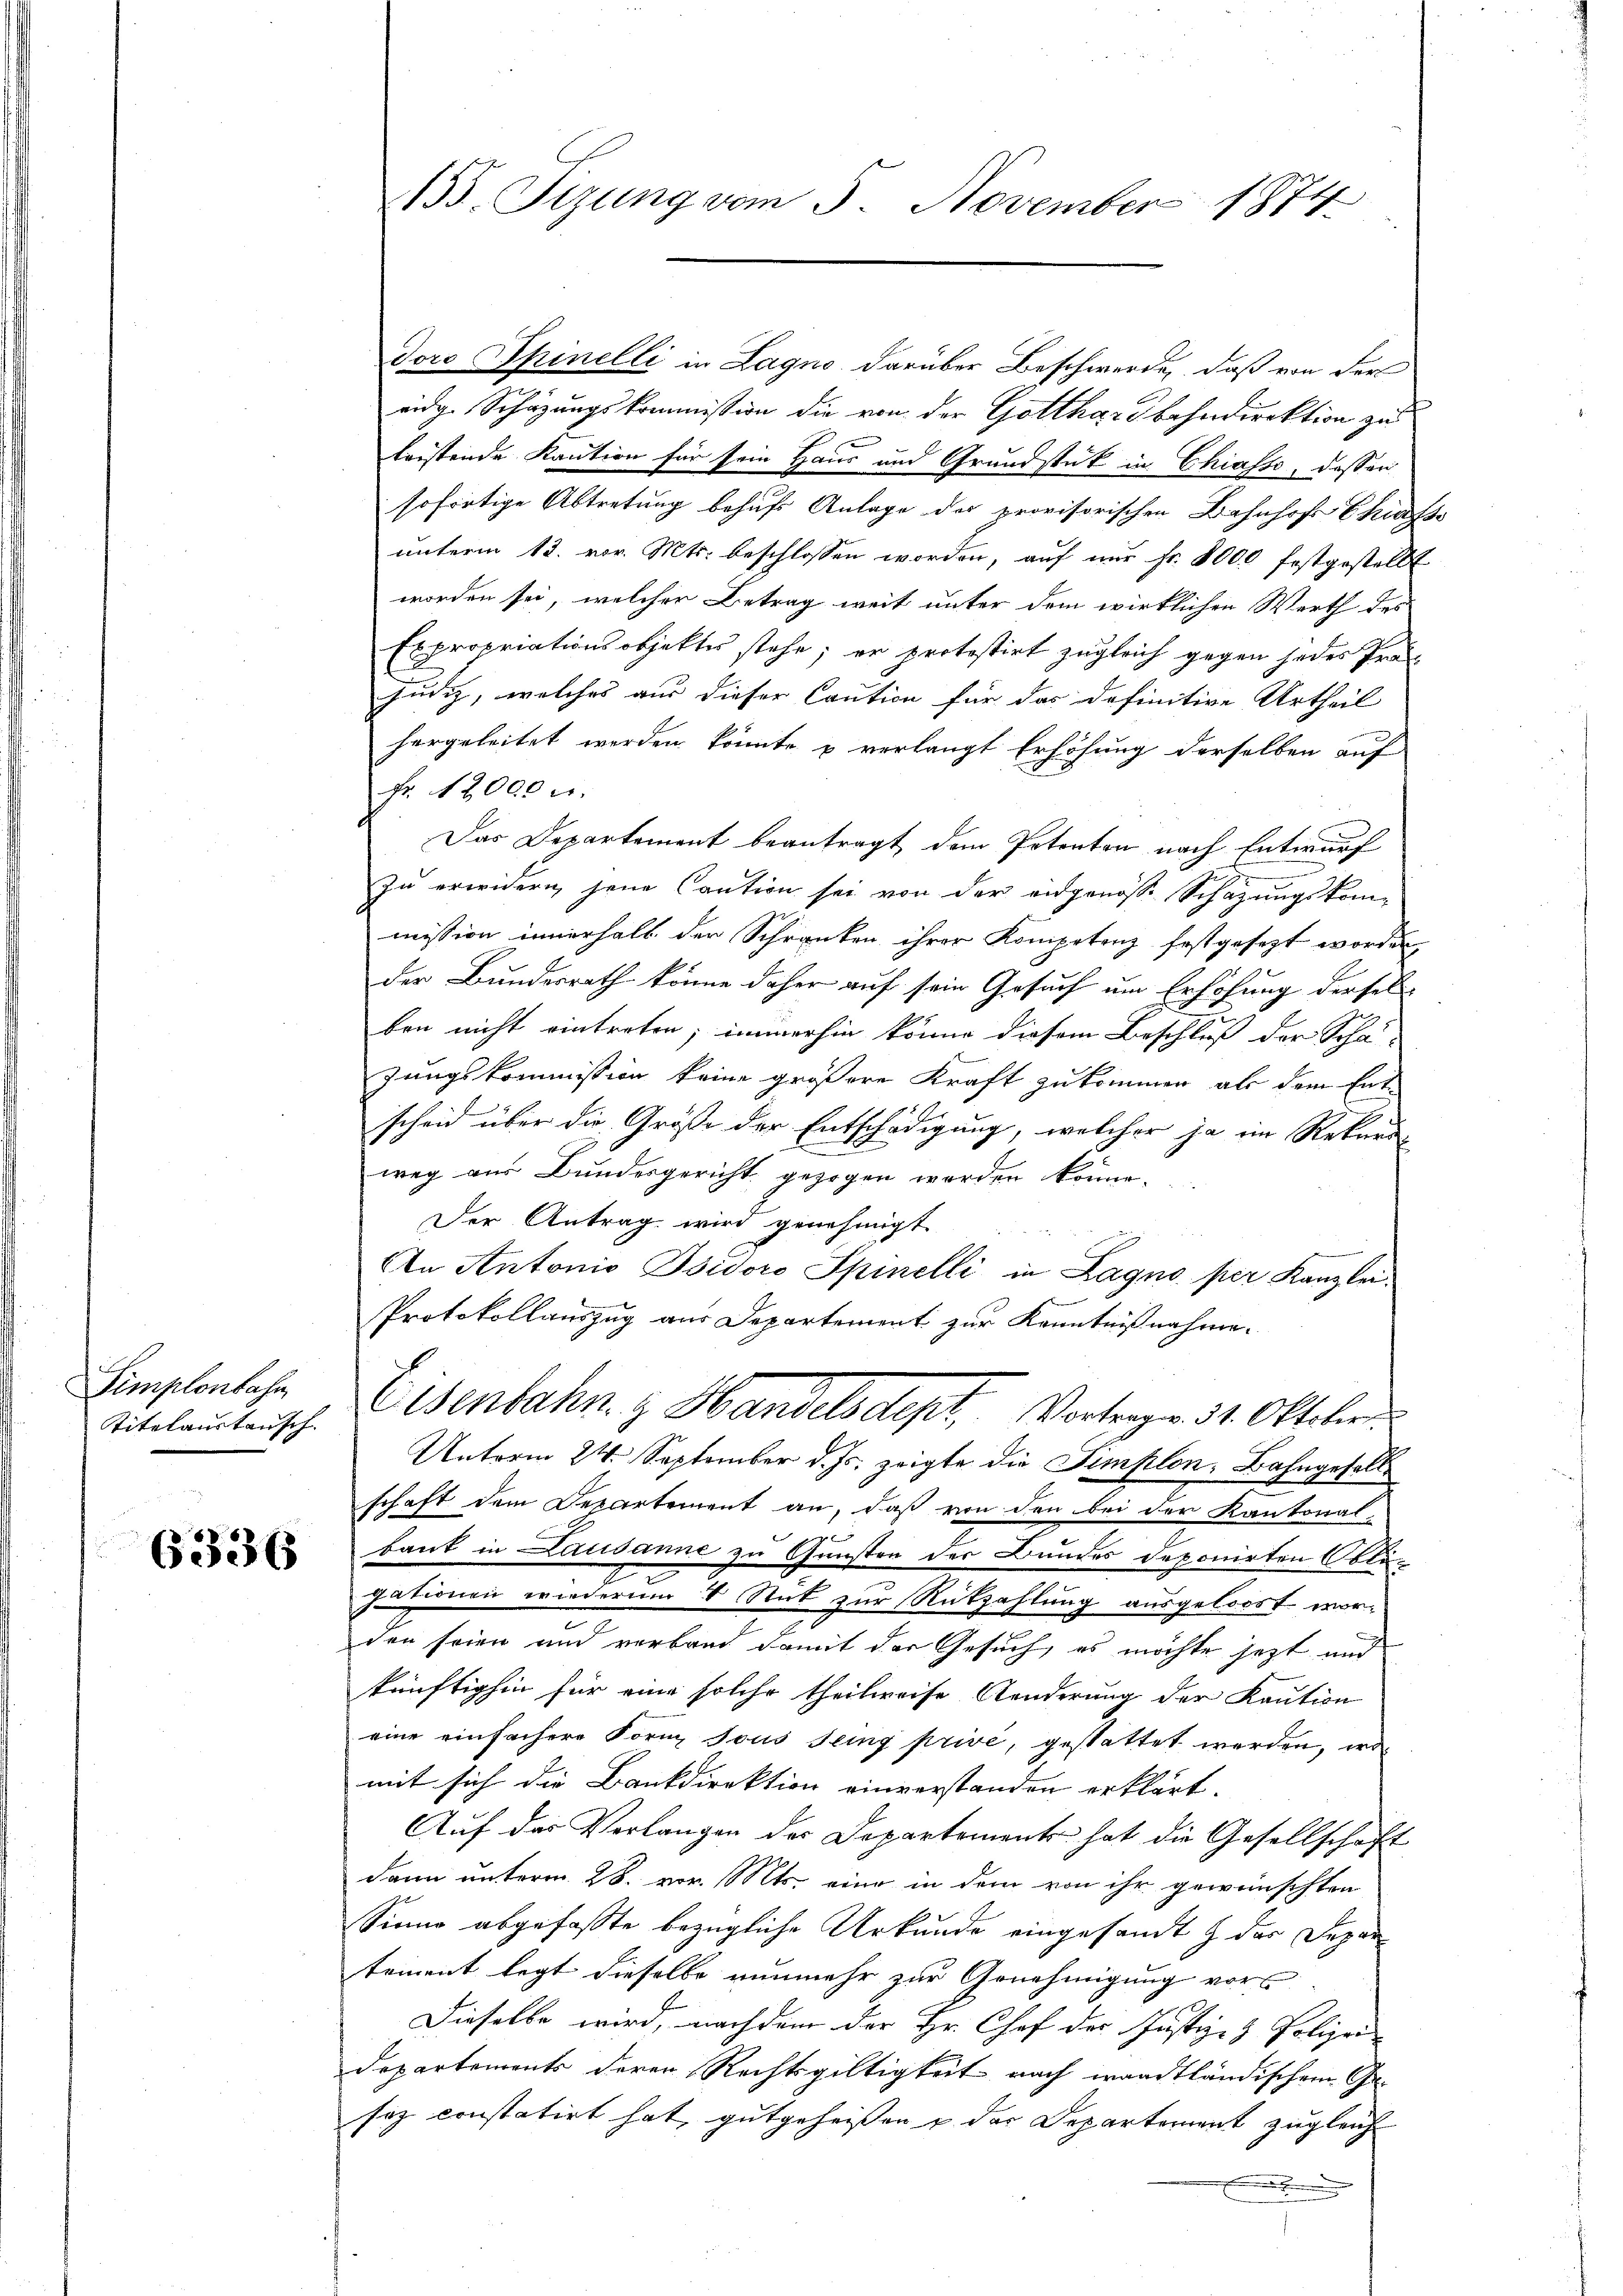
Simplonbahn,
Titelaustausch.

6336

Doro Spinelli in Lagno darüber Beschwerde, daß von der
eidg. Schazungskommission die von der Gotthardbahndirektion zu
leistende Kaution für sein Haus und Grundstück in Chiasso, dessen
sofortige Abtretung behufs Anlage der provisorischen Bahnhof Schaft-
unterm 12. vor. Mts. beschlossen worden, auf nur fr. 8000 festgestellt
worden sei, welcher Betrag weit unter dem wirklichen Werth des
Expropriationsobjektes stehe; er protestirt zugleich gegen jedes Pro-
Juni, welches aus dieser Caution für das definitive Urtheil
hergeleitet werden könnte u verlangt Erhöhung derselben auf
Fr. 12000 Fr.
Das Departement beantragt dem Petenten nach Entwurf
Zu erwidern jene Caution sei von der angenosse Schazungskom-
mission innerhalb der Schranken ihrer Kompetenz festgesezt worden
der Bundesrath könne daher auf sein Gesuch um Erhöhung derselben nicht eintreten; immerhin könne diesem Beschluß der Scha-
zungskommission keine größere Kraft zukommen, als dem Entscheid über die Größe der Entschädigung, welcher ja im Rekurs
weg aus Bundesgericht gezogen werden könne.
Der Antrag wird genehmigt
An Antonio Isidoro Spinelli in Lagno per Kanzlei.
Protokollauszug aus Departement zur Kenntnißnahme.
Eisenbahn z. Handelsdept, Vortragen 31. Oktober
Unterm 24. September d. Js. zeigte die Simplon, Bahngesellschaft dem Departement an, daß von den bei der Kantonal-
e
s
baut in Lausanne zu Gunsten der Bundes deponirten Obli-
gationen wiederum 8 Stut zur Rützahlung ausgeloost worden seien und verband damit der Gesuch, es möchte jetzt und
künftighin für eine solche theilweise Aenderung der Kaution
eine einfachere Form sous Teig privé, gestattet werden, ird
mit sich die Bankdirektion einverstanden erklärt.
Auf der Verlangen des Departement hat die Gesellschaft
dann unterm 28. vor. Mts. eine in dem von ihr gewünschten
Sinne abgefasste bezügliche Urkunde eingesandt & der Depar
tement legt dieselbe nunmehr zur Genehmigung vor¬
Dieselbe wird, nachdem der Hr. Chef der Justiz- & Polizei-
Departements deren Rechtsgültigkeit nach wandtländischem Ge-
sez constatirt hat, gutgeheißen & der Departement zugleich
n

155. Sizung vom 5. November 1874